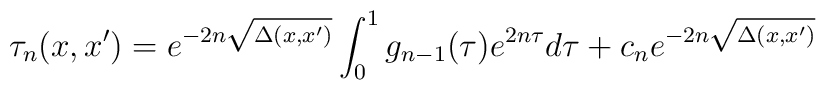
\tau_n(x,x') = e^{-2n\sqrt{\Delta(x,x')}}\int_0^1 g_{n-1}(\tau)    e^{2n \tau}d\tau+c_ne^{-2n\sqrt{\Delta(x,x')}}